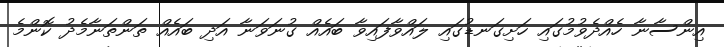
އިންސާނާ ހެއްދެވުމުގައި ހަށިގަނޑުގައި ލައްވާފައިވާ ބައެއް ގުނަވަނާ އަދި ބައެއް ތަންތަނާމެދު ކޮންމެ